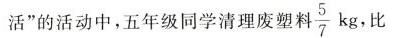
活”的活动中，五年级同学清理废塑料\frac{5}{7}kg 比